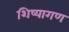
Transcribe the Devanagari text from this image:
शिष्यागण